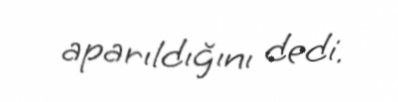
aparıldığını dedi.